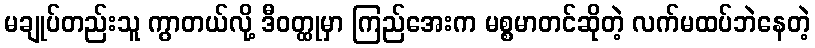
မချုပ်တည်းသူ ကွာတယ်လို့ ဒီဝတ္ထုမှာ ကြည်အေးက မစ္စမာတင်ဆိုတဲ့ လက်မထပ်ဘဲနေတဲ့